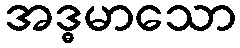
အဒ္ဓမာသော